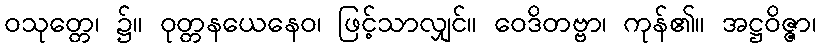
ဝသုတ္တေ၊ ၌။ ဝုတ္တနယေနေဝ၊ ဖြင့်သာလျှင်။ ဝေဒိတဗ္ဗာ၊ ကုန်၏။ အဋ္ဌဝိဇ္ဇာ၊